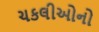
ચકલીઓનો